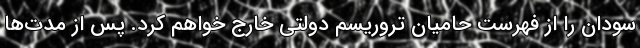
سودان را از فهرست حامیان تروریسم دولتی خارج خواهم کرد. پس از مدت‌ها